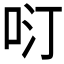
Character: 𱒓